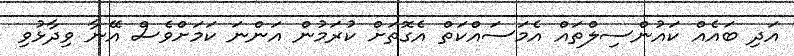
އަދި ބައެއް ކައުންސިލްތައް އެމަސައްކަތް އެގޮތަށް ކުރަމުން އަންނަ ކަމަށްވެސް އޭނާ ވިދާޅުވި